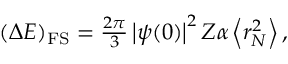
\begin{array} { r } { ( \Delta E ) _ { \mathrm { F S } } = \frac { 2 \pi } { 3 } \left| \psi ( 0 ) \right| ^ { 2 } Z \alpha \left< r _ { N } ^ { 2 } \right> , } \end{array}